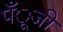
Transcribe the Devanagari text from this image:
पँूजी